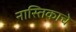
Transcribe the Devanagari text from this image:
नास्तिकाचे